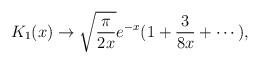
LaTeX: \begin{align*}K_1 (x) \to \sqrt{{\pi \over 2x}}e^{-x}(1 + {3 \over 8x} + \cdots ),\end{align*}